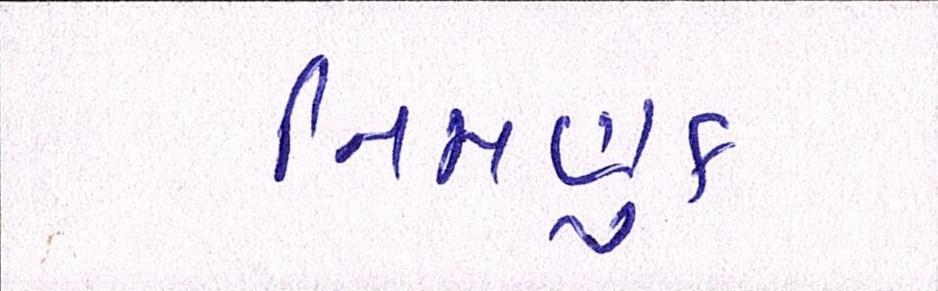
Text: નિમણુક